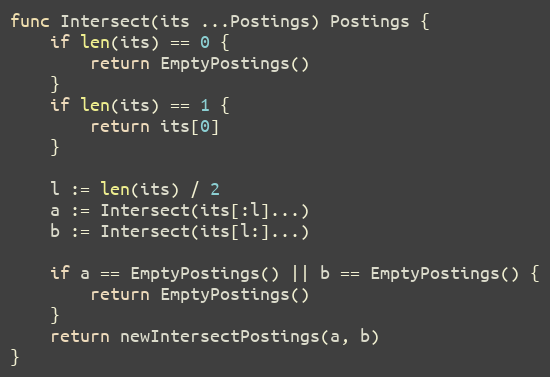
Language: Go
func Intersect(its ...Postings) Postings {
	if len(its) == 0 {
		return EmptyPostings()
	}
	if len(its) == 1 {
		return its[0]
	}

	l := len(its) / 2
	a := Intersect(its[:l]...)
	b := Intersect(its[l:]...)

	if a == EmptyPostings() || b == EmptyPostings() {
		return EmptyPostings()
	}
	return newIntersectPostings(a, b)
}